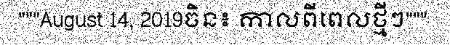
"""August 14, 2019ចិន៖ កាលពីពេលថ្មីៗ"""